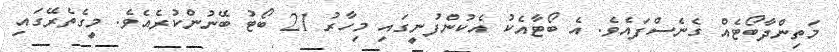
މަތިންދާބޯޓެއް ގެނެސްފައެވެ. އެ ބޯޓާއެކު އެކުންފުނީގައި މިހާރު 21 ބޯޓު ބޭނުންކުރެއެވެ. މީގެތެރޭގައި